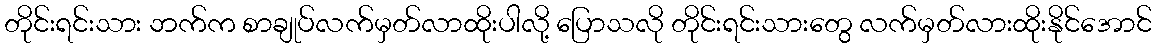
တိုင်းရင်းသား ဘက်က စာချုပ်လက်မှတ်လာထိုးပါလို့ ပြောသလို တိုင်းရင်းသားတွေ လက်မှတ်လားထိုးနိုင်အောင်